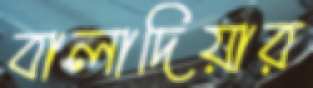
বালাদিয়ার